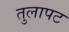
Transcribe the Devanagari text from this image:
तुलापट